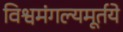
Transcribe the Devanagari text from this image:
विश्वमंगल्यमूर्तये